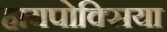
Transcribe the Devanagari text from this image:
हायपोक्सिया